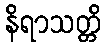
နိရာသတ္တိ